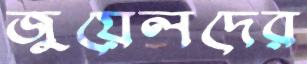
জুয়েলদের